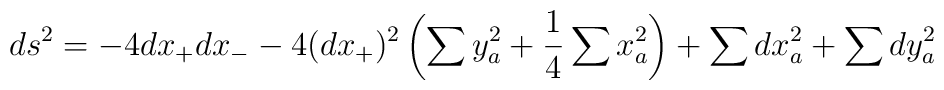
ds^2=-4dx_+ dx_--4 (dx_+)^2\left(\sum y_a^2 +{1\over 4}\sum x_a^2\right)+\sum dx_a^2 + \sum dy_a^2